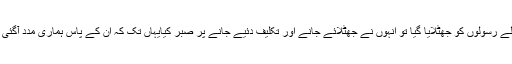
صَلَّی اللہُ تَعَالٰی عَلَیْہِ وَاٰلِہٖ وَسَلَّمَ،آپ سے پہلے رسولوں کو جھٹلایا گیا تو انہوں نے جھٹلائے جانے اور تکلیف دئیے جانے پر صبر کیایہاں تک کہ ان کے پاس ہماری مدد آگئی اور تکذیب کرنے والے ہلاک کئے گئے۔